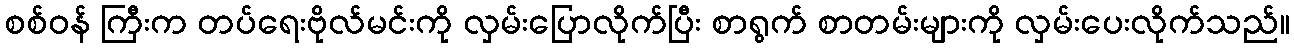
စစ်ဝန် ကြီးက တပ်ရေးဗိုလ်မင်းကို လှမ်းပြောလိုက်ပြီး စာရွက် စာတမ်းများကို လှမ်းပေးလိုက်သည်။